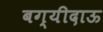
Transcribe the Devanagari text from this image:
बग्यीदाऊ